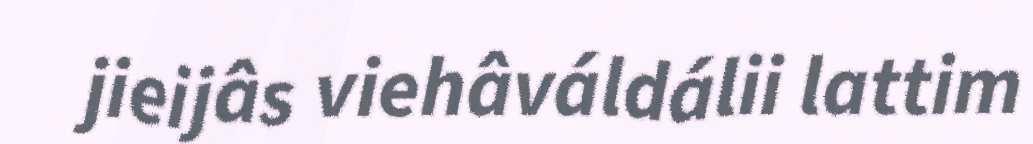
jieijâs viehâváldálii lattim